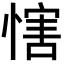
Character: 𢞐